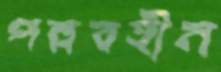
পল্লবহীন